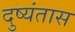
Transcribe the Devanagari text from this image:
दुष्यंतास